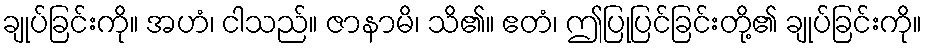
ချုပ်ခြင်းကို။ အဟံ၊ ငါသည်။ ဇာနာမိ၊ သိ၏။ ဧတံ၊ ဤပြုပြင်ခြင်းတို့၏ ချုပ်ခြင်းကို။